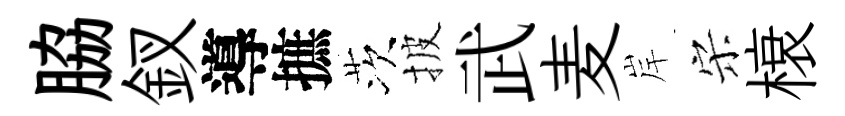
脇釵導摭茨披武麦岸宋榱